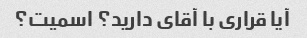
آیا قراری با آقای دارید؟ اسمیت؟